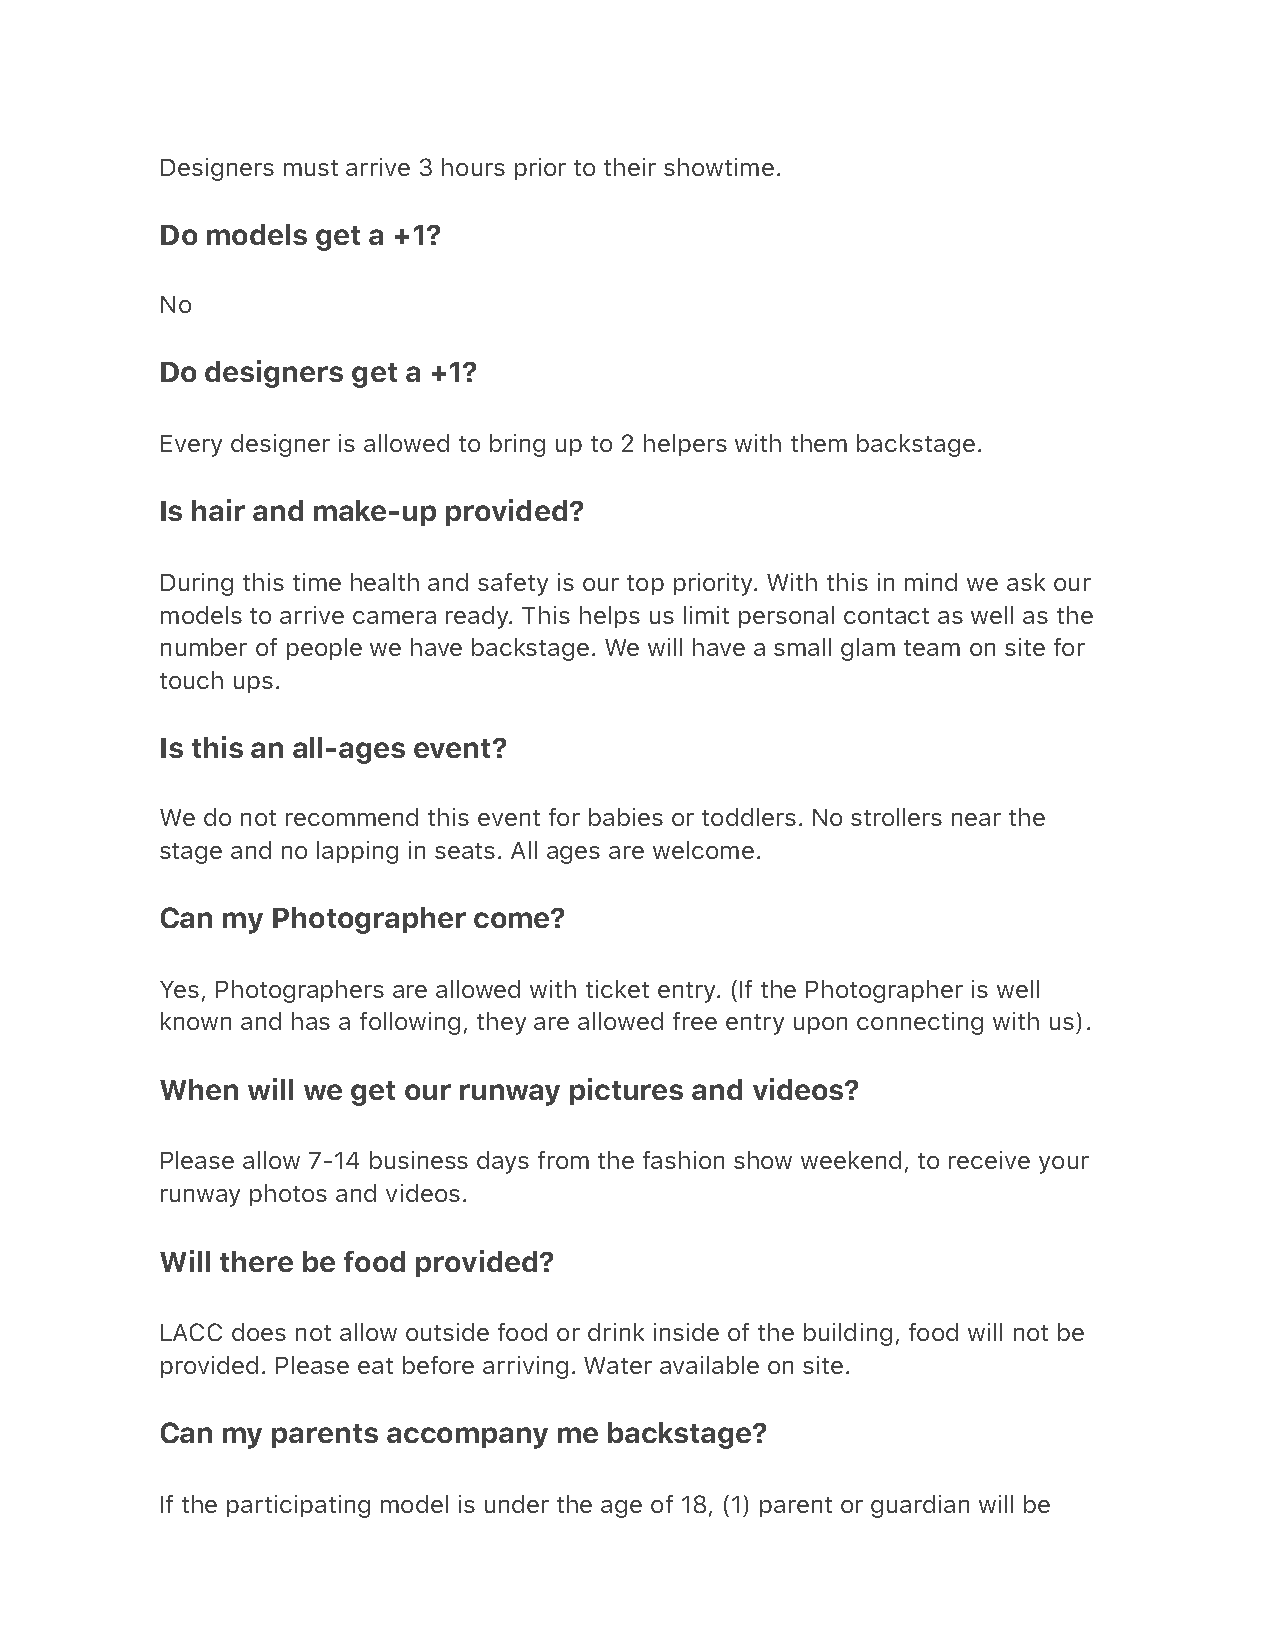
Designers must arrive 3 hours prior to their showtime.
 Do models get a +1?
 No
 Do designers get a +1?
 Every designer is allowed to bring up to 2 helpers with them backstage.
 Is hair and make-up provided?
 During this time health and safety is our top priority. With this in mind we ask our
 models to arrive camera ready. This helps us limit personal contact as well as the
 number of people we have backstage. We will have a small glam team on site for
 touch ups.
 Is this an all-ages event?
 We do not recommend this event for babies or toddlers. No strollers near the
 stage and no lapping in seats. All ages are welcome.
 Can my Photographer come?
 Yes, Photographers are allowed with ticket entry. (If the Photographer is well
 known and has a following, they are allowed free entry upon connecting with us).
 When will we get our runway pictures and videos?
 Please allow 7-14 business days from the fashion show weekend, to receive your
 runway photos and videos.
 Will there be food provided?
 LACC does not allow outside food or drink inside of the building, food will not be
 provided. Please eat before arriving. Water available on site.
 Can my parents accompany  me backstage?
 If the participating model is under the age of 18, (1) parent or guardian will be